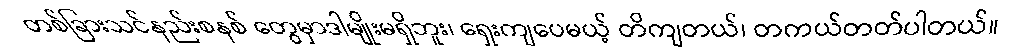
တစ်ခြားသင်နည်းစနစ် တွေမှာဒါမျိုးမရှိဘူး၊ ရှေးကျပေမယ့် တိကျတယ်၊ တကယ်တတ်ပါတယ်။